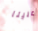
علينا